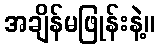
အချိန်မဖြုန်းနဲ့။